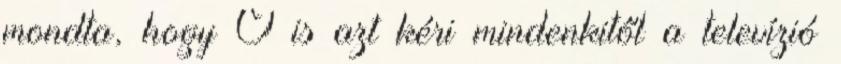
mondta, hogy Ő is azt kéri mindenkitől a televízió